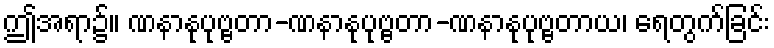
ဤအရာ၌။ ဏနာနုပုဗ္ဗတာ-ဏနာနုပုဗ္ဗတာ-ဏနာနုပုဗ္ဗတာယ၊ ရေတွက်ခြင်း